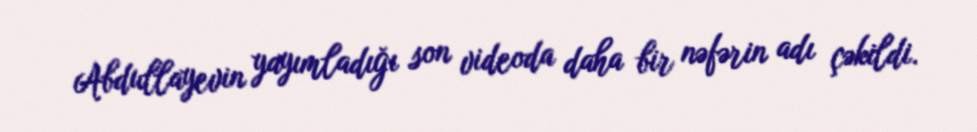
Abdullayevin yayımladığı son videoda daha bir nəfərin adı çəkildi.